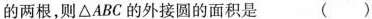
的两根，则△ABC的外接圆的面积是( )